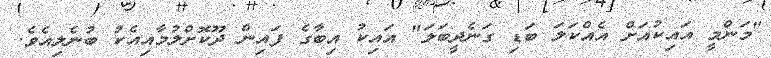
"މަންމީ އައިކުއަށް އެއްކަލަ ބަޑި ގަނެދީބަލަ" އައިކު އިބާގެ ފައިން ދޫކޮށްލުމާއިއެކު ބުނެލިއެވެ.